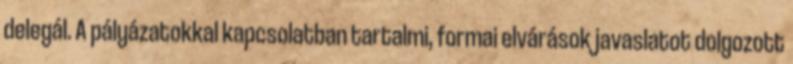
delegál. A pályázatokkal kapcsolatban tartalmi, formai elvárások javaslatot dolgozott